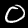
Label: 0